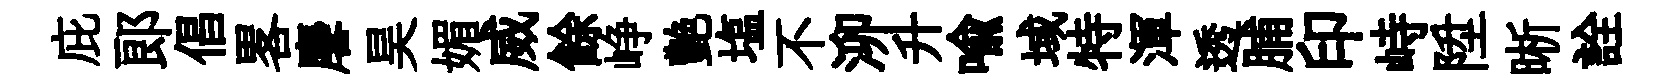
庇郎倡畧麐昊媚威餘峥艶塩不泖升喻域特渾透脯印峙陞晰詮